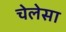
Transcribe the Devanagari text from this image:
चेलेसा